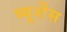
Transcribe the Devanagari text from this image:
ब्यूर्शेंस